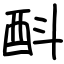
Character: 酙